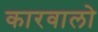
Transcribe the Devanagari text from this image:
कारवालो